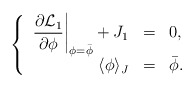
\begin{align*}\left\{\begin{array}{rcl} \displaystyle \left. \frac{\partial{\cal L}_{1}}{\partial \phi}\right|_{\phi=\bar{\phi}}+J_{1}&=&0 ,\\ \langle \phi \rangle_{J}&=&\bar{\phi} . \end{array}\right.\end{align*}